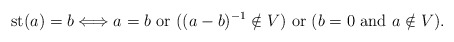
\begin{align*} \operatorname{st}(a)=b \Longleftrightarrow a=b \textrm{ or } ((a-b)^{-1} \notin V) \textrm { or } (b=0 \textrm{ and } a \notin V).\end{align*}